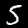
Label: 5